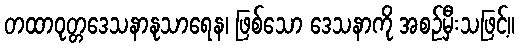
တထာဝုတ္တဒေသနာနုသာရေန၊ ဖြစ်သော ဒေသနာကို အစဉ်မှီးသဖြင့်။